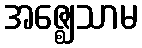
အဇ္ဈေသာမ